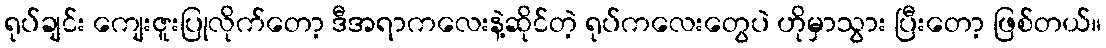
ရုပ်ချင်း ကျေးဇူးပြုလိုက်တော့ ဒီအရာကလေးနဲ့ဆိုင်တဲ့ ရုပ်ကလေးတွေပဲ ဟိုမှာသွား ပြီးတော့ ဖြစ်တယ်။